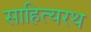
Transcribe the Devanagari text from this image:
साहित्यरथ